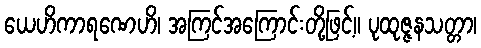
ယေဟိကာရဏေဟိ၊ အကြင်အကြောင်းတို့ဖြင့်။ ပုထုဇ္ဇနသတ္တာ၊